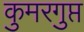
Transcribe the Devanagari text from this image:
कुमरगुप्त